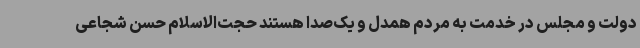
دولت و مجلس در خدمت به مردم همدل و یک‌صدا هستند حجت‌الاسلام حسن شجاعی